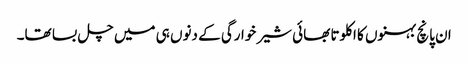
ان پانچ بہنوں کا اکلوتا بھائی شیر خوارگی کے دنوں ہی میں چل بسا تھا۔